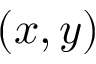
( x , y )